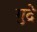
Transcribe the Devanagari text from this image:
गुद्रे